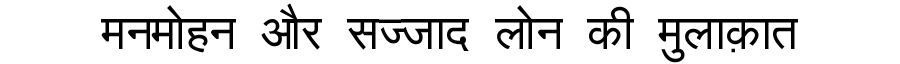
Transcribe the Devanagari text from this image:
मनमोहन और सज्जाद लोन की मुलाक़ात